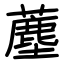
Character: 薼